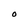
Character: O